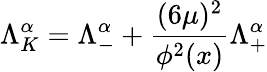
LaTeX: \Lambda_{K}^{\alpha}=\Lambda_{-}^{\alpha}+{\frac{(6\mu)^{2}}{\phi^{2}(x)}}\Lambda_{+}^{\alpha}